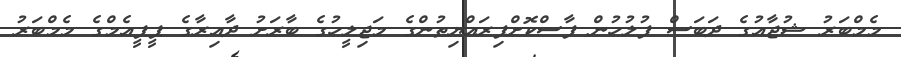
މެމްބަރު ޝުޖާއުގެ ދަބަސް ފުލުހުން ފާސްކޮށްފިރައްޔިތުންގެ މަޖިލީހުގެ ބާރަށު ދާއިރާގެ ޕީޕީއެމްގެ މެމްބަރު